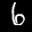
Label: 6